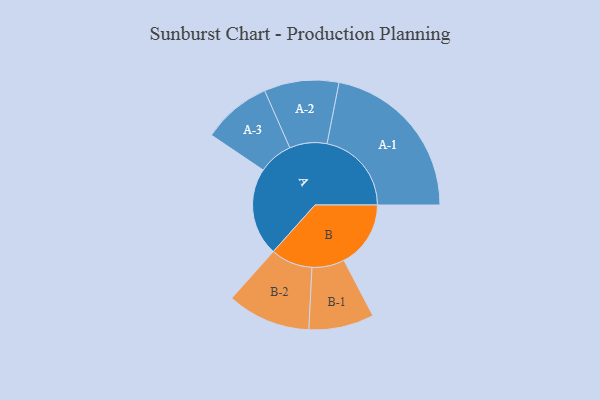
{"axis": {"x": "Segment", "y": "Value"}, "legend": ["", "A", "B"], "data": [{"x": "A", "y": 278, "type": ""}, {"x": "B", "y": 211, "type": ""}, {"x": "A-1", "y": 267, "type": "A"}, {"x": "A-2", "y": 118, "type": "A"}, {"x": "A-3", "y": 109, "type": "A"}, {"x": "B-1", "y": 103, "type": "B"}, {"x": "B-2", "y": 132, "type": "B"}]}